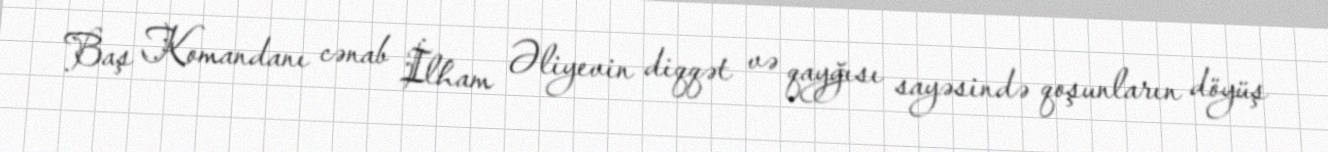
Baş Komandanı cənab İlham Əliyevin diqqət və qayğısı sayəsində qoşunların döyüş